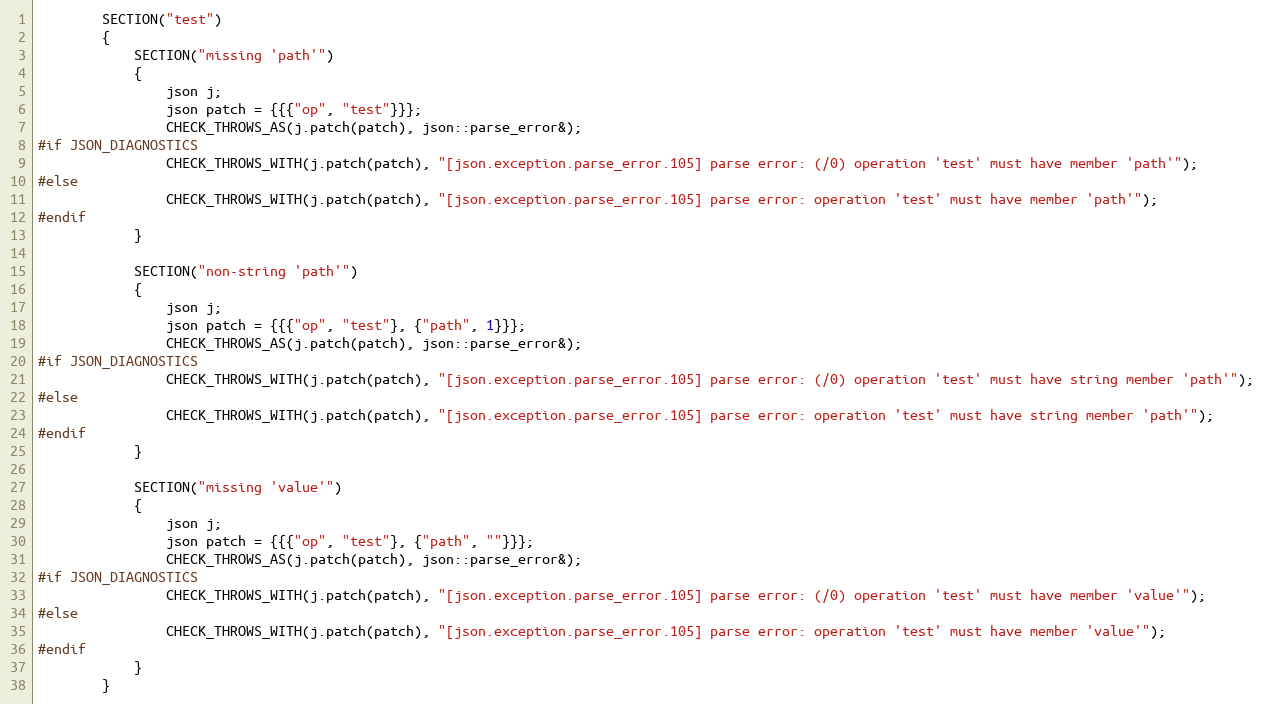
Language: C++
        SECTION("test")
        {
            SECTION("missing 'path'")
            {
                json j;
                json patch = {{{"op", "test"}}};
                CHECK_THROWS_AS(j.patch(patch), json::parse_error&);
#if JSON_DIAGNOSTICS
                CHECK_THROWS_WITH(j.patch(patch), "[json.exception.parse_error.105] parse error: (/0) operation 'test' must have member 'path'");
#else
                CHECK_THROWS_WITH(j.patch(patch), "[json.exception.parse_error.105] parse error: operation 'test' must have member 'path'");
#endif
            }

            SECTION("non-string 'path'")
            {
                json j;
                json patch = {{{"op", "test"}, {"path", 1}}};
                CHECK_THROWS_AS(j.patch(patch), json::parse_error&);
#if JSON_DIAGNOSTICS
                CHECK_THROWS_WITH(j.patch(patch), "[json.exception.parse_error.105] parse error: (/0) operation 'test' must have string member 'path'");
#else
                CHECK_THROWS_WITH(j.patch(patch), "[json.exception.parse_error.105] parse error: operation 'test' must have string member 'path'");
#endif
            }

            SECTION("missing 'value'")
            {
                json j;
                json patch = {{{"op", "test"}, {"path", ""}}};
                CHECK_THROWS_AS(j.patch(patch), json::parse_error&);
#if JSON_DIAGNOSTICS
                CHECK_THROWS_WITH(j.patch(patch), "[json.exception.parse_error.105] parse error: (/0) operation 'test' must have member 'value'");
#else
                CHECK_THROWS_WITH(j.patch(patch), "[json.exception.parse_error.105] parse error: operation 'test' must have member 'value'");
#endif
            }
        }